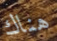
هناك